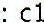
: C1